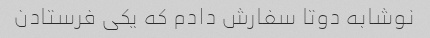
نوشابه دوتا سفارش دادم که یکی فرستادن